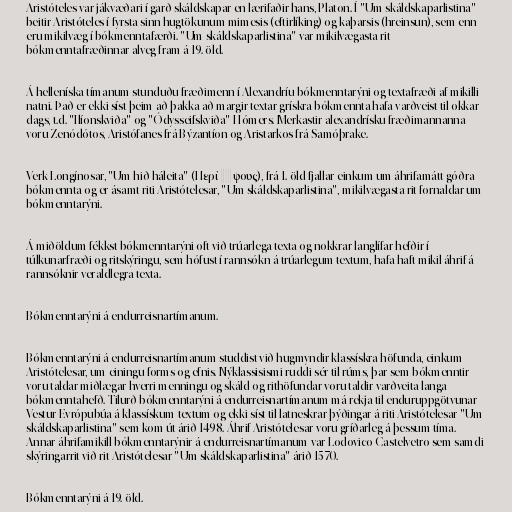
Aristóteles var jákvæðari í garð skáldskapar en lærifaðir hans, Platon. Í "Um skáldskaparlistina"
beitir Aristóteles í fyrsta sinn hugtökunum mimesis (eftirlíking) og kaþarsis (hreinsun), sem enn
eru mikilvæg í bókmenntafærði. "Um skáldskaparlistina" var mikilvægasta rit
bókmenntafræðinnar alveg fram á 19. öld.

Á helleníska tímanum stunduðu fræðimenn í Alexandríu bókmenntarýni og textafræði af mikilli
natni. Það er ekki síst þeim að þakka að margir textar grískra bókmennta hafa varðveist til okkar
dags, t.d. "Ilíonskviða" og "Ódysseifskviða" Hómers. Merkastir alexandrísku fræðimannanna
voru Zenódótos, Aristófanes frá Býzantíon og Aristarkos frá Samóþrake.

Verk Longínosar, "Um hið háleita" (Περὶ ὕψους), frá 1. öld fjallar einkum um áhrifamátt góðra
bókmennta og er ásamt riti Aristótelesar, "Um skáldskaparlistina", mikilvægasta rit fornaldar um
bókmenntarýni.

Á miðöldum fékkst bókmenntarýni oft við trúarlega texta og nokkrar langlífar hefðir í
túlkunarfræði og ritskýringu, sem hófust í rannsókn á trúarlegum textum, hafa haft mikil áhrif á
rannsóknir veraldlegra texta.

Bókmenntarýni á endurreisnartímanum.

Bókmenntarýni á endurreisnartímanum studdist við hugmyndir klassískra höfunda, einkum
Aristótelesar, um einingu forms og efnis. Nýklassisismi ruddi sér til rúms, þar sem bókmenntir
voru taldar miðlægar hverri menningu og skáld og rithöfundar voru taldir varðveita langa
bókmenntahefð. Tilurð bókmenntarýni á endurreisnartímanum má rekja til enduruppgötvunar
Vestur-Evrópubúa á klassískum textum og ekki síst til latneskrar þýðingar á riti Aristótelesar "Um
skáldskaparlistina" sem kom út árið 1498. Áhrif Aristótelesar voru gríðarleg á þessum tíma.
Annar áhrifamikill bókmenntarýnir á endurreisnartímanum var Lodovico Castelvetro sem samdi
skýringarrit við rit Aristótelesar "Um skáldskaparlistina" árið 1570.

Bókmenntarýni á 19. öld.